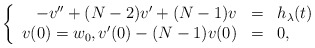
\begin{align*}\left\{ \begin{array}{rcl}-v'' + (N-2)v' + (N-1)v &=& h_\lambda(t) \\v(0)=w_0, v'(0)-(N-1)v(0) &=& 0,\end{array}\right.\end{align*}